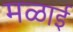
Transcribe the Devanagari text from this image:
मळाई